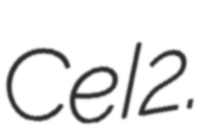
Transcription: CeI2.